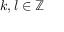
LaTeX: k , l \in \mathbb { Z }